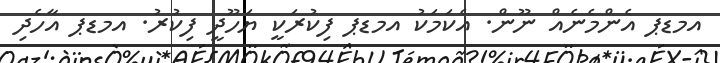
އމޑޕ އެންމެނެއް ނޫން. އެކަމަކު އމޑޕ ފިކުރަކީ ޔަހޫދީ ފިކުރު. އމޑޕ އާހެދި